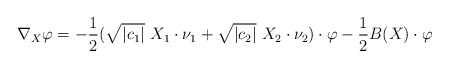
\begin{align*}\nabla_X \varphi = -\frac{1}{2} (\sqrt{|c_1|}\ X_1 \cdot \nu_1 + \sqrt{|c_2|}\ X_2 \cdot \nu_2)\cdot\varphi - \frac{1}{2}B(X)\cdot \varphi\end{align*}